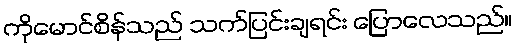
ကိုမောင်စိန်သည် သက်ပြင်းချရင်း ပြောလေသည်။